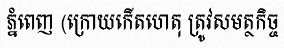
ភ្នំពេញ (ក្រោយកើតហេតុ ត្រូវសមត្ថកិច្ច